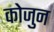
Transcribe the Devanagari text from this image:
कोजुन